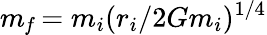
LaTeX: m_{\mathit f}=m_{i}(r_{i}/2Gm_{i})^{1/4}